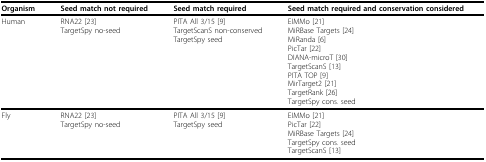
| Organism | Seed match not required | Seed match required | Seed match required and conservation considered |
 | --- | --- | --- | --- |
 | Human | RNA22 [23]TargetSpy no-seed | PITA All 3/15 [9]TargetScanS non-conservedTargetSpy seed | EIMMo [21]MiRBase Targets [24]MiRanda [6]PicTar [22]DIANA-microT [30]TargetScanS [13]PITA TOP [9]MirTarget2 [21]TargetRank [26]TargetSpy cons. seed |
 | Fly | RNA22 [23]TargetSpy no-seed | PITA All 3/15 [9]TargetSpy seed | EIMMo [21]PicTar [22]MiRBase Targets [24]TargetSpy cons. seedTargetScanS [13] |